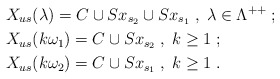
\begin{align*}& X_{us}(\lambda) = C\cup Sx_{s_2}\cup Sx_{s_1} \;,\; \lambda\in\Lambda^{++} \;;\\& X_{us}(k\omega_1) = C\cup Sx_{s_2} \;,\; k\geq 1 \;;\\& X_{us}(k\omega_2) = C\cup Sx_{s_1} \;,\; k\geq 1 \;.\end{align*}